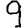
Digit: 9